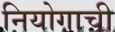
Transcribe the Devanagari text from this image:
नियोगाची